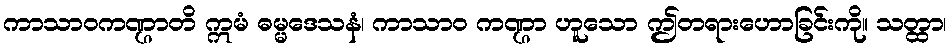
ကာသာဝကဏ္ဌာတိ ဣမံ ဓမ္မဒေသနံ၊ ကာသာဝ ကဏ္ဌာ ဟူသော ဤတရားဟောခြင်းကို။ သတ္ထာ၊